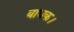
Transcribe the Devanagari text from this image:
बाधक।